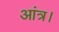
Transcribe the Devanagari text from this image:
आंत्र।